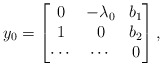
\begin{align*}y_0=\begin{bmatrix}0&-\lambda_0 &b_1 \\1 & 0&b_2\\ \cdots&\cdots& 0\end{bmatrix},\end{align*}